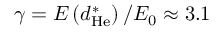
\gamma = E \left( d _ { \mathrm { H e } } ^ { \ast } \right) / E _ { 0 } \approx 3 . 1